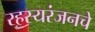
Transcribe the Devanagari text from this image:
रहस्यरंजनचे